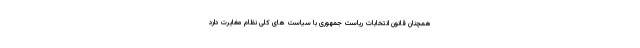
همچنان قانون انتخابات ریاست جمهوری با سیاست های کلی نظام مغایرت دارد